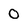
Character: 0